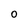
Character: O